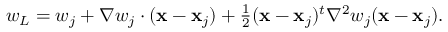
\begin{array} { r } { w _ { L } = w _ { j } + { \nabla } w _ { j } \cdot ( { \bf x } - { \bf x } _ { j } ) + \frac { 1 } { 2 } ( { \bf x } - { \bf x } _ { j } ) ^ { t } { \nabla } ^ { 2 } w _ { j } ( { \bf x } - { \bf x } _ { j } ) . } \end{array}